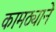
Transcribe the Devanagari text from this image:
कामठ्याने